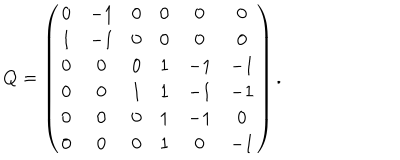
Q = \left( \begin{array} { c c c c c c r } { { 0 } } & { { - 1 } } & { { 0 } } & { { 0 } } & { { 0 } } & { { 0 } } \\ { { 1 } } & { { - 1 } } & { { 0 } } & { { 0 } } & { { 0 } } & { { 0 } } \\ { { 0 } } & { { 0 } } & { { 0 } } & { { 1 } } & { { - 1 } } & { { - 1 } } \\ { { 0 } } & { { 0 } } & { { 1 } } & { { 1 } } & { { - 1 } } & { { - 1 } } \\ { { 0 } } & { { 0 } } & { { 0 } } & { { 1 } } & { { - 1 } } & { { 0 } } \\ { { 0 } } & { { 0 } } & { { 0 } } & { { 1 } } & { { 0 } } & { { - 1 } } \\ \end{array} \right) .